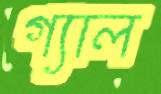
গ্যাল